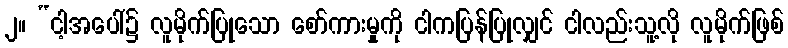
၂။ “ငါ့အပေါ်၌ လူမိုက်ပြုသော စော်ကားမှုကို ငါကပြန်ပြုလျှင် ငါလည်းသူ့လို လူမိုက်ဖြစ်